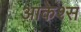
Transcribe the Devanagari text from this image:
आकेश्स